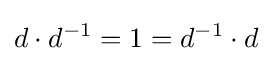
d\cdot d^{-1}=1=d^{-1}\cdot d